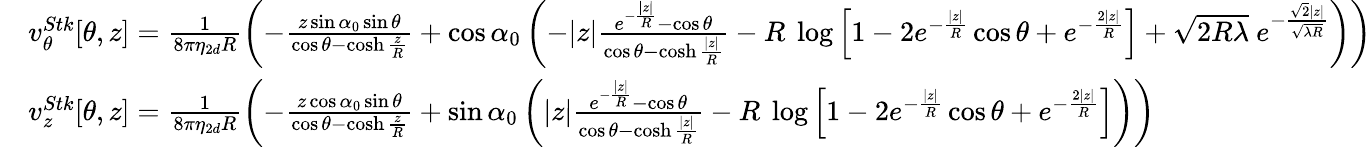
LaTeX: \begin{array}{rl}&{v_{\theta}^{Stk}[\theta,z]=\frac{1}{8\pi\eta_{2d}R}\left(-\frac{z\sin\alpha_{0}\sin\theta}{\cos\theta-\cosh\frac{z}{R}}+\cos\alpha_{0}\left(-|z|\frac{e^{-\frac{|z|}{R}}-\cos\theta}{\cos\theta-\cosh\frac{|z|}{R}}-R~\log\left[1-2e^{-\frac{|z|}{R}}\cos\theta+e^{-\frac{2|z|}{R}}\right]+\sqrt{2R\lambda}~e^{-\frac{\sqrt{2}|z|}{\sqrt{\lambda R}}}\right)\right)}\\ &{v_{z}^{Stk}[\theta,z]=\frac{1}{8\pi\eta_{2d}R}\left(-\frac{z\cos\alpha_{0}\sin\theta}{\cos\theta-\cosh\frac{z}{R}}+\sin\alpha_{0}\left(|z|\frac{e^{-\frac{|z|}{R}}-\cos\theta}{\cos\theta-\cosh\frac{|z|}{R}}-R~\log\left[1-2e^{-\frac{|z|}{R}}\cos\theta+e^{-\frac{2|z|}{R}}\right]\right)\right)}\end{array}